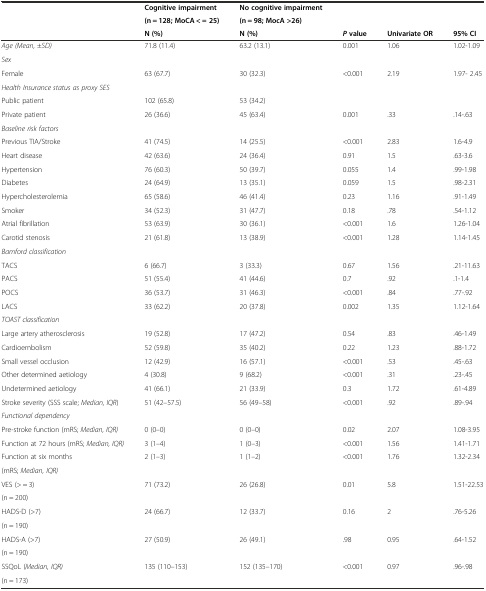
<table><thead><tr><td></td><td><b>Cognitive impairment</b></td><td><b>No cognitive impairment</b></td><td colspan="3"></td></tr><tr><td></td><td><b>(n = 128; MoCA &lt; = 25)</b></td><td><b>(n = 98; MocA &gt;26)</b></td><td colspan="3"></td></tr><tr><td></td><td><b>N (%)</b></td><td><b>N (%)</b></td><td><b><i>P</i>value</b></td><td><b>Univariate OR</b></td><td><b>95% CI</b></td></tr></thead><tbody><tr><td><i>Age (Mean,</i> ±<i>SD)</i></td><td>71.8 (11.4)</td><td>63.2 (13.1)</td><td>0.001</td><td>1.06</td><td>1.02-1.09</td></tr><tr><td><i>Sex</i></td><td></td><td></td><td></td><td></td><td></td></tr><tr><td>Female</td><td>63 (67.7)</td><td>30 (32.3)</td><td>&lt;0.001</td><td>2.19</td><td>1.97- 2.45</td></tr><tr><td><i>Health Insurance status as proxy SES</i></td><td></td><td></td><td></td><td></td><td></td></tr><tr><td>Public patient</td><td>102 (65.8)</td><td>53 (34.2)</td><td></td><td></td><td></td></tr><tr><td>Private patient</td><td>26 (36.6)</td><td>45 (63.4)</td><td>0.001</td><td>.33</td><td>.14-.63</td></tr><tr><td><i>Baseline risk factors</i></td><td></td><td></td><td></td><td></td><td></td></tr><tr><td>Previous TIA/Stroke</td><td>41 (74.5)</td><td>14 (25.5)</td><td>&lt;0.001</td><td>2.83</td><td>1.6-4.9</td></tr><tr><td>Heart disease</td><td>42 (63.6)</td><td>24 (36.4)</td><td>0.91</td><td>1.5</td><td>.63-3.6</td></tr><tr><td>Hypertension</td><td>76 (60.3)</td><td>50 (39.7)</td><td>0.055</td><td>1.4</td><td>.99-1.98</td></tr><tr><td>Diabetes</td><td>24 (64.9)</td><td>13 (35.1)</td><td>0.059</td><td>1.5</td><td>.98-2.31</td></tr><tr><td>Hypercholesterolemia</td><td>65 (58.6)</td><td>46 (41.4)</td><td>0.23</td><td>1.16</td><td>.91-1.49</td></tr><tr><td>Smoker</td><td>34 (52.3)</td><td>31 (47.7)</td><td>0.18</td><td>.78</td><td>.54-1.12</td></tr><tr><td>Atrial fibrillation</td><td>53 (63.9)</td><td>30 (36.1)</td><td>&lt;0.001</td><td>1.6</td><td>1.26-1.04</td></tr><tr><td>Carotid stenosis</td><td>21 (61.8)</td><td>13 (38.9)</td><td>&lt;0.001</td><td>1.28</td><td>1.14-1.45</td></tr><tr><td><i>Bamford classification</i></td><td></td><td></td><td></td><td></td><td></td></tr><tr><td>TACS</td><td>6 (66.7)</td><td>3 (33.3)</td><td>0.67</td><td>1.56</td><td>.21-11.63</td></tr><tr><td>PACS</td><td>51 (55.4)</td><td>41 (44.6)</td><td>0.7</td><td>.92</td><td>.1-1.4</td></tr><tr><td>POCS</td><td>36 (53.7)</td><td>31 (46.3)</td><td>&lt;0.001</td><td>.84</td><td>.77-.92</td></tr><tr><td>LACS</td><td>33 (62.2)</td><td>20 (37.8)</td><td>0.002</td><td>1.35</td><td>1.12-1.64</td></tr><tr><td><i>TOAST classification</i></td><td></td><td></td><td></td><td></td><td></td></tr><tr><td>Large artery atherosclerosis</td><td>19 (52.8)</td><td>17 (47.2)</td><td>0.54</td><td>.83</td><td>.46-1.49</td></tr><tr><td>Cardioembolism</td><td>52 (59.8)</td><td>35 (40.2)</td><td>0.22</td><td>1.23</td><td>.88-1.72</td></tr><tr><td>Small vessel occlusion</td><td>12 (42.9)</td><td>16 (57.1)</td><td>&lt;0.001</td><td>.53</td><td>.45-.63</td></tr><tr><td>Other determined aetiology</td><td>4 (30.8)</td><td>9 (68.2)</td><td>&lt;0.001</td><td>.31</td><td>.23-.45</td></tr><tr><td>Undetermined aetiology</td><td>41 (66.1)</td><td>21 (33.9)</td><td>0.3</td><td>1.72</td><td>.61-4.89</td></tr><tr><td>Stroke severity (SSS scale; <i>Median, IQR</i>)</td><td>51 (42–57.5)</td><td>56 (49–58)</td><td>&lt;0.001</td><td>.92</td><td>.89-.94</td></tr><tr><td><i>Functional dependency</i></td><td></td><td></td><td></td><td></td><td></td></tr><tr><td>Pre-stroke function (mRS; <i>Median, IQR)</i></td><td>0 (0–0)</td><td>0 (0–0)</td><td>0.02</td><td>2.07</td><td>1.08-3.95</td></tr><tr><td>Function at 72 hours (mRS; <i>Median, IQR)</i></td><td>3 (1–4)</td><td>1 (0–3)</td><td>&lt;0.001</td><td>1.56</td><td>1.41-1.71</td></tr><tr><td>Function at six months</td><td rowspan="2">2 (1–3)</td><td rowspan="2">1 (1–2)</td><td rowspan="2">&lt;0.001</td><td rowspan="2">1.76</td><td rowspan="2">1.32-2.34</td></tr><tr><td>(mRS; <i>Median, IQR)</i></td></tr><tr><td>VES (&gt; = 3)</td><td rowspan="2">71 (73.2)</td><td rowspan="2">26 (26.8)</td><td rowspan="2">0.01</td><td rowspan="2">5.8</td><td rowspan="2">1.51-22.53</td></tr><tr><td>(n = 200)</td></tr><tr><td>HADS-D (&gt;7)</td><td rowspan="2">24 (66.7)</td><td rowspan="2">12 (33.7)</td><td rowspan="2">0.16</td><td rowspan="2">2</td><td rowspan="2">.76-5.26</td></tr><tr><td>(n = 190)</td></tr><tr><td>HADS-A (&gt;7)</td><td rowspan="2">27 (50.9)</td><td rowspan="2">26 (49.1)</td><td rowspan="2">.98</td><td rowspan="2">0.95</td><td rowspan="2">.64-1.52</td></tr><tr><td>(n = 190)</td></tr><tr><td>SSQoL (<i>Median, IQR)</i></td><td rowspan="2">135 (110–153)</td><td rowspan="2">152 (135–170)</td><td rowspan="2">&lt;0.001</td><td rowspan="2">0.97</td><td rowspan="2">.96-.98</td></tr><tr><td>(n = 173)</td></tr></tbody></table>